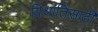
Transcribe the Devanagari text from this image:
विश्रांतिसाठी